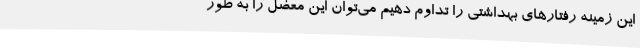
این زمینه رفتارهای بهداشتی را تداوم دهیم می‌توان این معضل را به طور